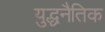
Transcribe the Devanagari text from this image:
युद्धनैतिक